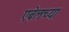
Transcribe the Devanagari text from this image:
एबेलच्या